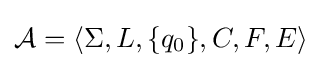
{\mathcal {A}}=\langle \Sigma ,L,\{q_{0}\},C,F,E\rangle